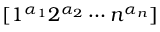
[ 1 ^ { \alpha _ { 1 } } 2 ^ { \alpha _ { 2 } } \dotsm n ^ { \alpha _ { n } } ]